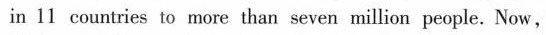
in 11 countries to more than seven million people. Now,